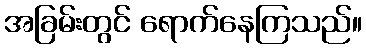
အခြမ်းတွင် ရောက်နေကြသည်။